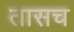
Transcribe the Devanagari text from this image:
तासच